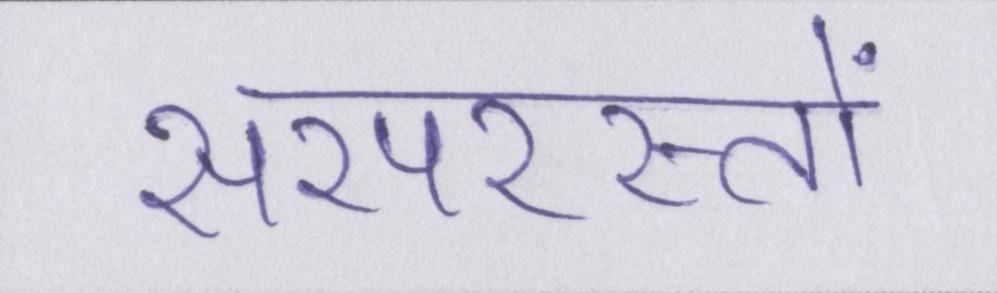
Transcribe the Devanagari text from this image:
सरपरस्तों